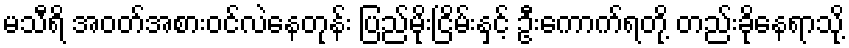
မသီရိ အဝတ်အစားဝင်လဲနေတုန်း ပြည်မိုးငြိမ်းနှင့် ဦးကောက်ရတို့ တည်းခိုနေရာသို့